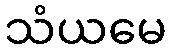
သံယမေ